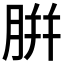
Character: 腁